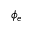
\phi _ { e }